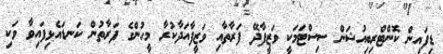
ޑިފައިން ކޮންޓްރިބިއުޝަން ސިސްޓަމަކީ ވަޒީފާދޭ ފަރާތާއި ވަޒީފާއަދާކުރާ މީހުންގެ ފަރާތުން ކަނޑައެޅިފައިވާ ވަކި